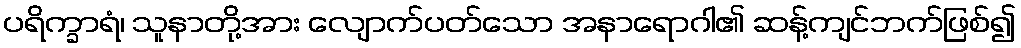
ပရိက္ခာရံ၊ သူနာတို့အား လျောက်ပတ်သော အနာရောဂါ၏ ဆန့်ကျင်ဘက်ဖြစ်၍